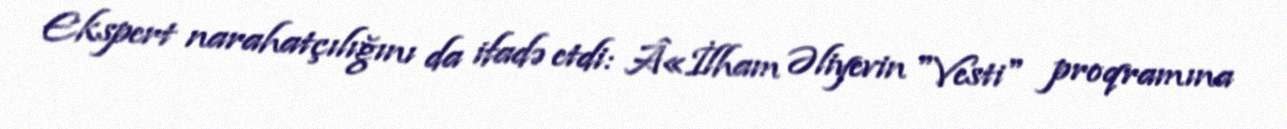
Ekspert narahatçılığını da ifadə etdi: Â«İlham Əliyevin "Vesti" proqramına